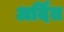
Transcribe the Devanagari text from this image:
अर्दित